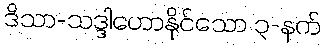
ဒိသာ-သဒ္ဒါဟောနိုင်သော ၃-နက်